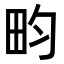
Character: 畇